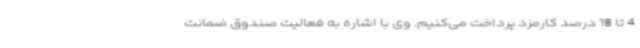
4 تا 18 درصد کارمزد پرداخت می‌کنیم. وی با اشاره به فعالیت صندوق ضمانت